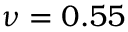
\nu = 0 . 5 5